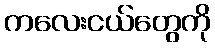
ကလေးငယ်တွေကို